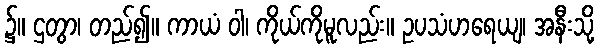
၌။ ဌတွာ၊ တည်၍။ ကာယံ ဝါ၊ ကိုယ်ကိုမူလည်း။ ဥပသံဟရေယျ၊ အနီးသို့